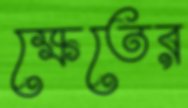
ক্ষেতের